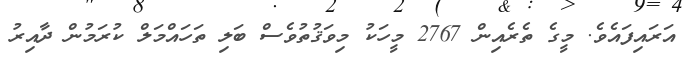
އަރައިފައެވެ. މީގެ ތެރެެެއިން 2767 މީހަކު މިވަޤުތުވެސް ބަލި ތަހައްމަލް ކުރަމުން ދާއިރު